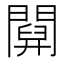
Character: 𨵹